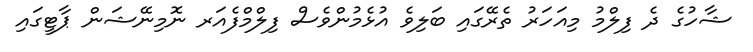
ޝާހުގެ ދެ ފިލްމު މިއަހަރު ތެރޭގައި ބަލިވެ އުޅެމުންވެސް ފިލްމްފެއަރ ނޮމިނޭޝަން ޕާޓީގައި